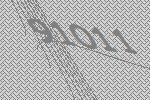
91011